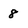
Character: 8